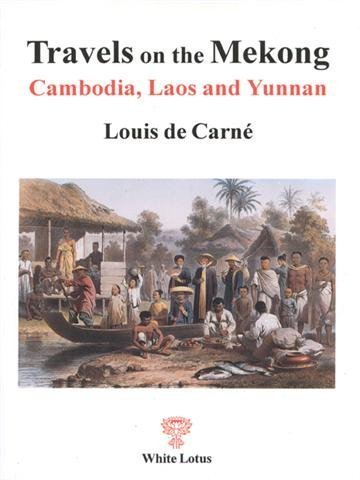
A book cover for Travels on the Mekong in Cambodia, Laos and Yunnan: The political and trade report of the Mekong Exploration Commission, June 1866-June 1868; Louis de CarnÃ©; Travel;